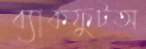
ব্যাকফুটঅ